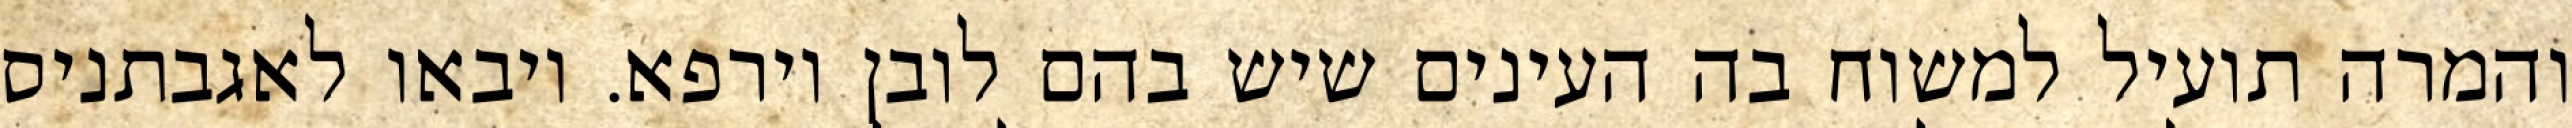
והמרה תועיל למשוח בה העינים שיש בהם לובן וירפא. ויבאו לאגבתניס